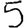
Digit: 5